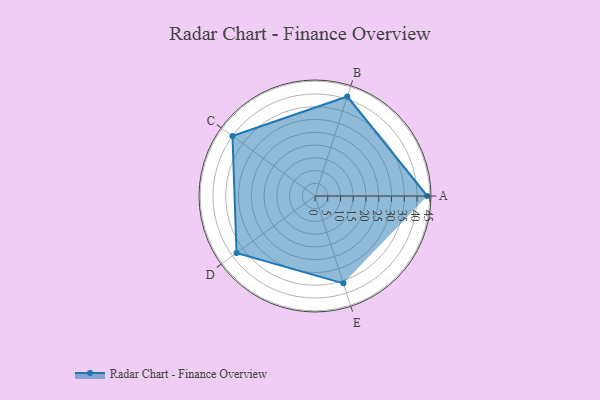
{"axis": {"x": "Skill", "y": "Score"}, "legend": ["Profile"], "data": [{"x": "A", "y": 44.0, "type": "Profile"}, {"x": "B", "y": 41.0, "type": "Profile"}, {"x": "C", "y": 40.0, "type": "Profile"}, {"x": "D", "y": 38.0, "type": "Profile"}, {"x": "E", "y": 36.0, "type": "Profile"}]}